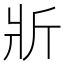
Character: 斨